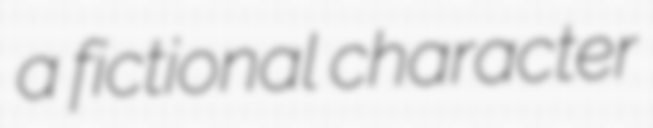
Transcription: a fictional character